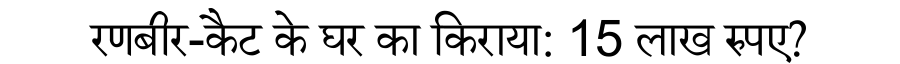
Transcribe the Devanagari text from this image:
रणबीर-कैट के घर का किराया: 15 लाख रुपए?